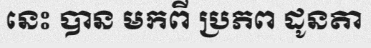
នេះ បាន មកពី ប្រភព ដូនតា